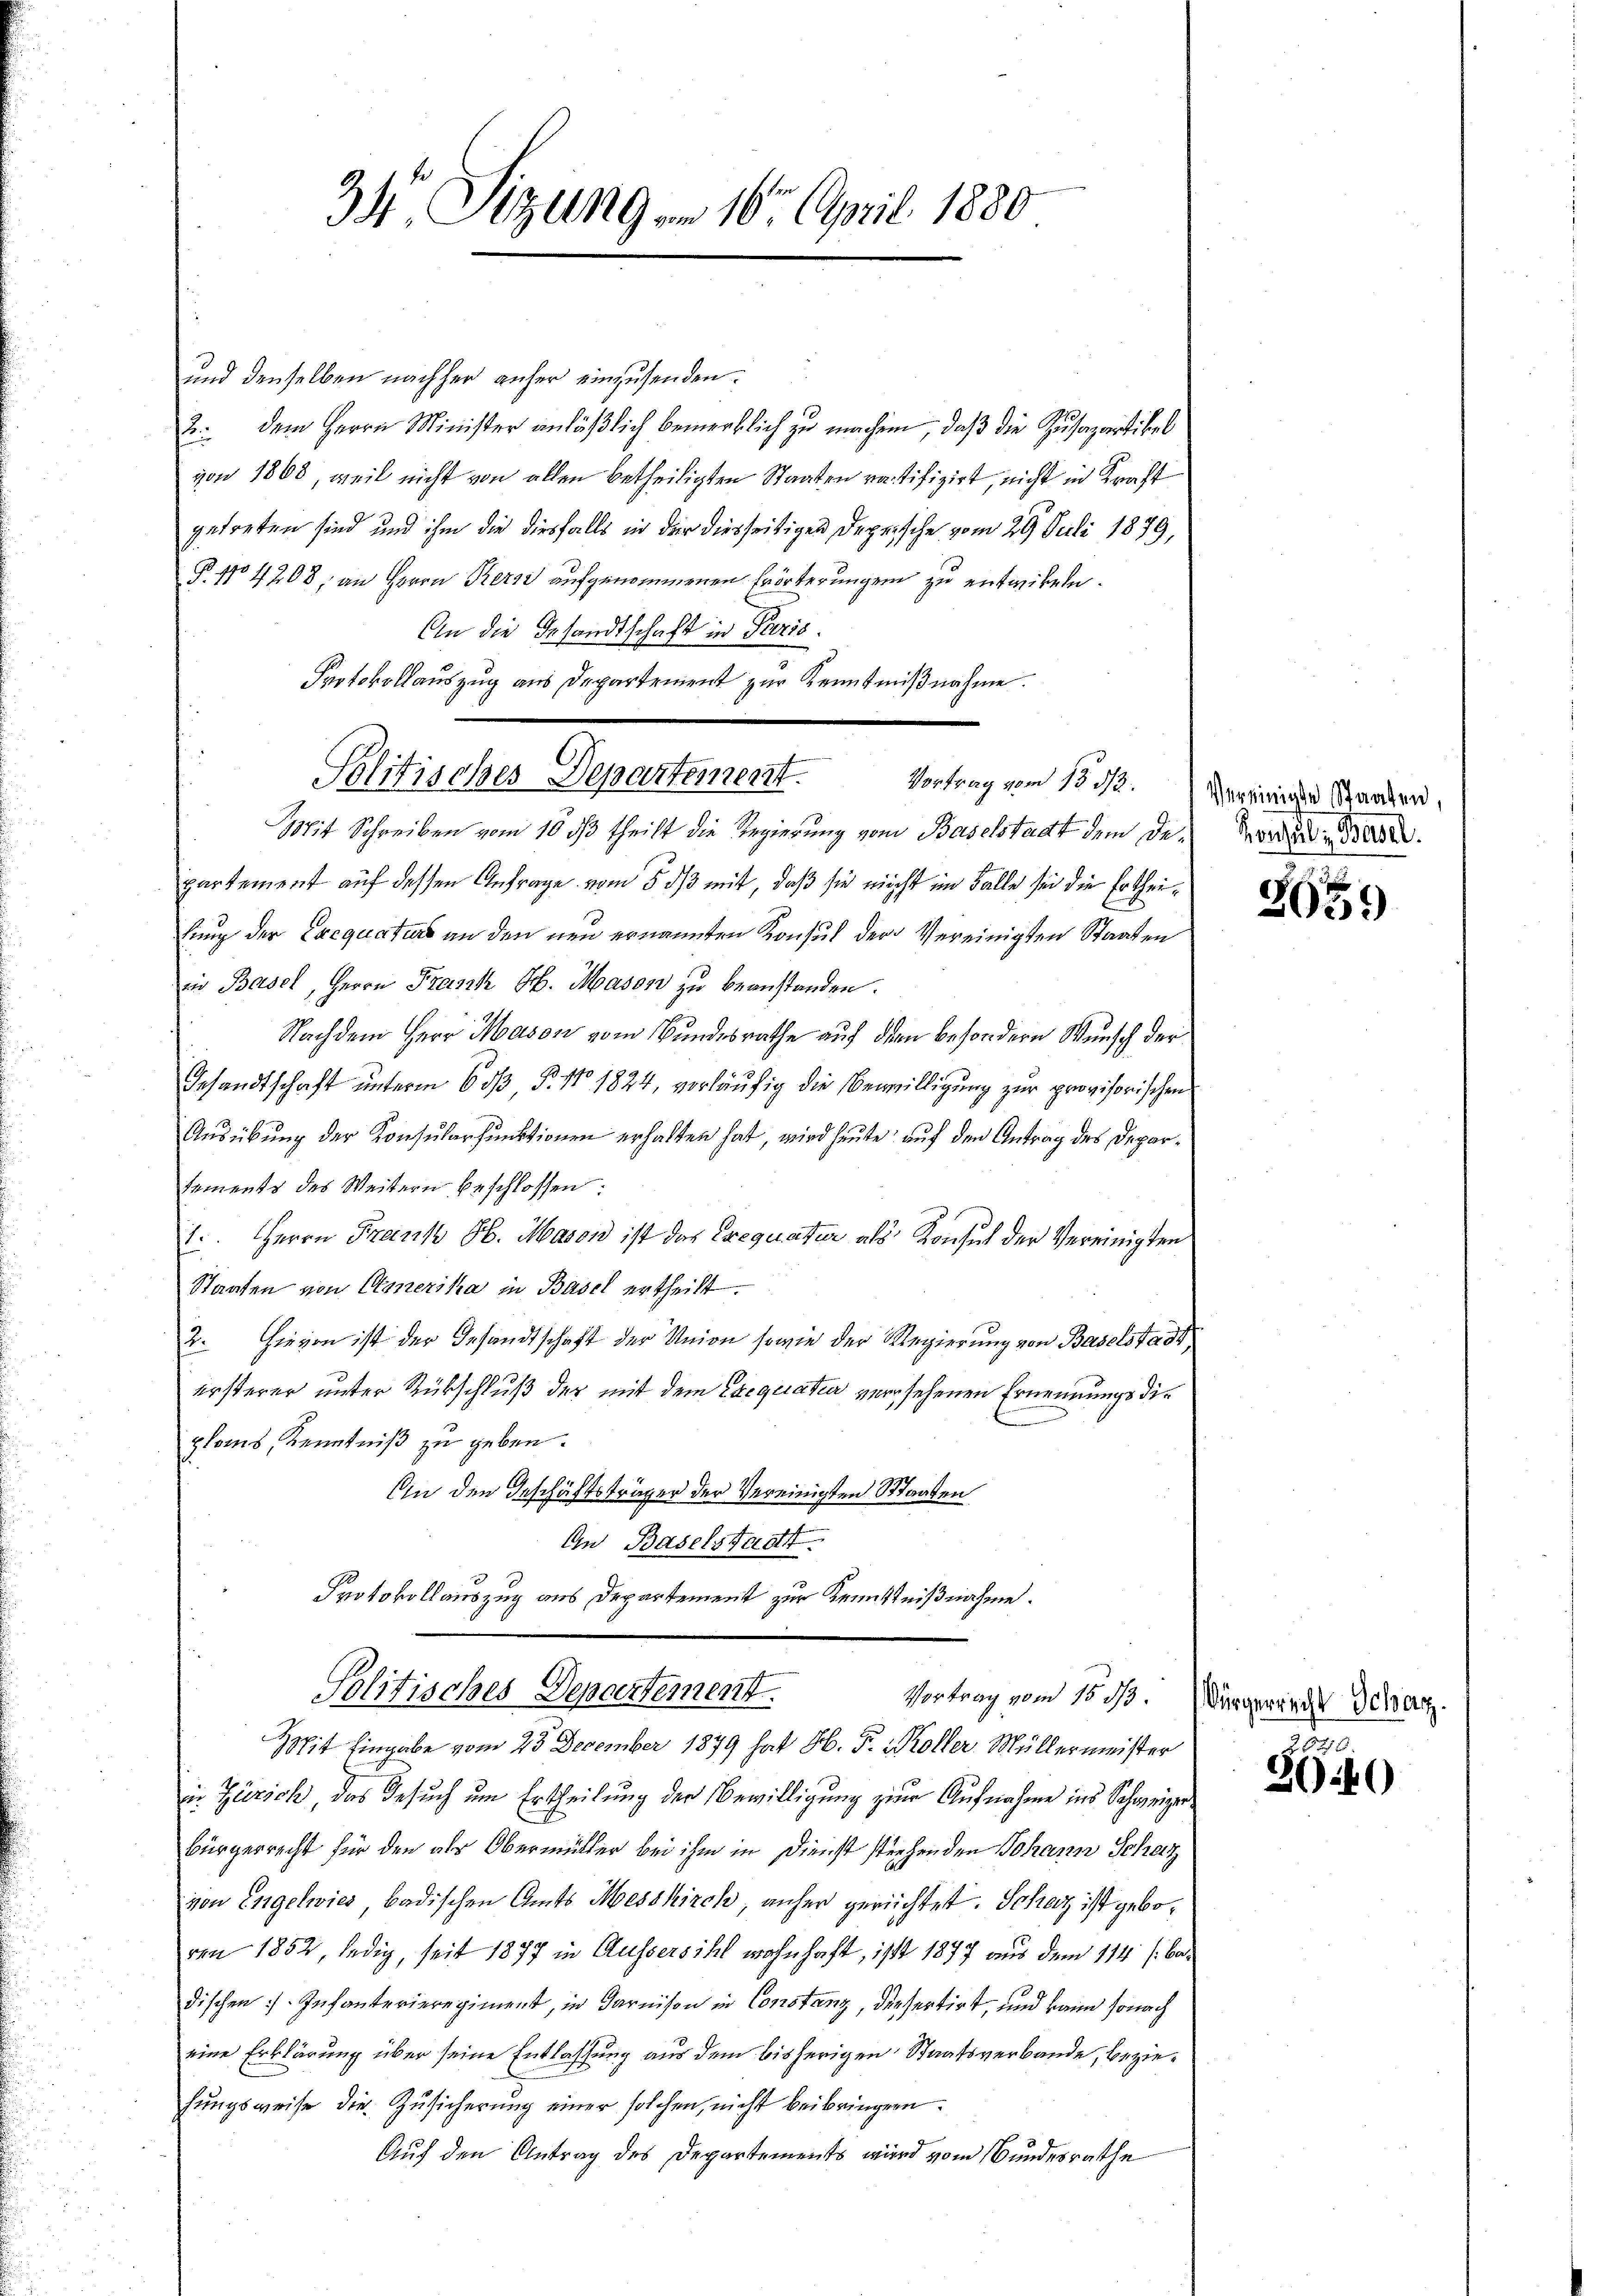
34 Sizung am 16. April 1880

und denselben nachher anher einzusenden.
B. dem Herrn Minister anläßlich bemerklich zu machen, daß die Zusapartikel
von 1868, weil nicht von allen betheiligten Staaten ratifizirt, nicht in Kraft
getreten sind und ihm die diesfalls in der diesseitigen Deprische vom 29. Juli 1879,
P. No 4208; an Herrn Kern aufgenommenen Erörterungen zu entwickeln.
An die Gesandtschaft in Paris.
Protokollauszug aus Departement zur Kenntnißnahme.
Mit Schreiben vom 16. dβ theilt die Regierung vom Baselstadt dem Departement auf dessen Anfrage vom 5. ds mit, daß sie nicht im Falle sei die Ertheilung der Exequaturs an den neu ernannten Konsul der Vereinigten Staaten
in Basel, Herrn Fraszk H. Mason zu beanstanden.
Nachdem Herr Mason vom Bundesrathe auf den besondern Wunsch der
Gesandtschaft unterm 6 dß P. Nro 1824, vorläufig die Bewilligung zur provisorischen
Ausübung der Konsularfunktionen erhalten hat, wird heute auf den Antrag des Deparsaments des Weitern beschlossen:
1. Herrn Frank Hb. Masen ist der Crequatur als Konsul der Vereinigten
Staaten von Generika in Basel ertheilt.
2. Hievon ist der Gesandtschaft der Union sowie der Regierŭng von Baselstadt,
ürsterer unter Rückschluß der mit dem Exequatur versehenen Ernennungsdiplans, Kenntniß zu geben.
Ein den Geschäftsträger der Vereinigten Staaten
An Baselstadt
Protokollauszug aus Departement zur Kenntnißnahme.
Politisches Departement.
Vortrag vom 15. ds.
Mit Eingabe vom 23 December 1879 hat H. P. Koller Müllermeister
in Zürich das Gesuch um Ertheilung der Bewilligung zur Aufnahme ins Schweizer¬
Bürgerrecht für den als Obermüller bei ihm in Dienst stehenden Johann Schaz
von Engelwies, badischen Amts Messkirch, anher gerichtet. Schaz ist geboren 1852, ledig, seit 1877 in Aussersihl wohnhaft, ist 1877 aus dem 114 (badischen. Infanterieregiment, in darnison in Constanz, diesertirt, und kann sonach
eine Erklärung über seine Entlassung aus dem bisherigen Staatsverbande, beziehungsweise die Zusicherung einer solchen, nicht beibringern.
Auf den Antrag des Departements wird vom Bundesrathe

Politisches Departement. Vortrag vom 15. ds. Vereinigen Sarden,

Konsul, Basel.

2659

Bürgerrecht Schar
2

2040